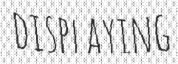
DISPLAYING